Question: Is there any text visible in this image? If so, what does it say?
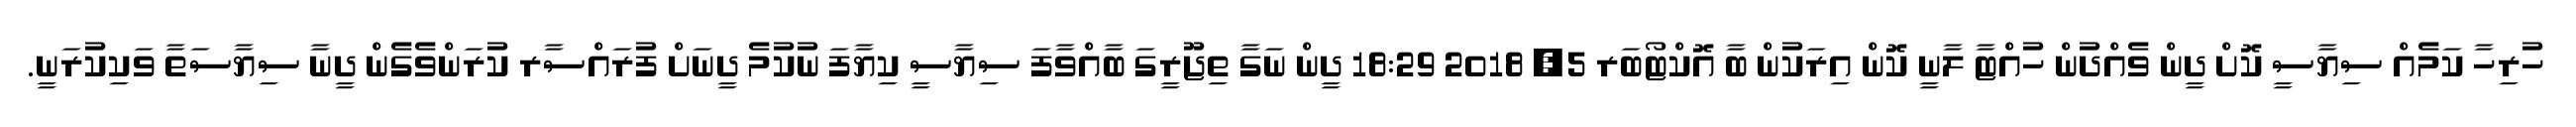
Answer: ހުރިހާ ކަމެއް ސިޔާސީ ކޮށް ދީން ވެއްދުން ހުއްޓާ ލާނީ ކޮން އިރަކުން ބާ އޮކްޓޯބަރ 5, 2018 18:29 ދީން ނަގާ ތިޖޫރީގަ ބާއްވާފަ ސިޔާސީ ކިޔާފަ ނުކުމެ ދީނަށް ފުރައްސާރ ކުރަންވެގެން ދީނާ ސިޔާސަތާ ވަކިކުރަނީ.